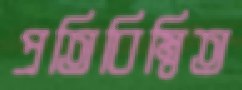
প্রতিবিম্বিত